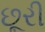
છૂરી